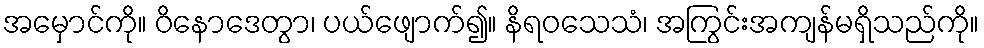
အမှောင်ကို။ ဝိနောဒေတွာ၊ ပယ်ဖျောက်၍။ နိရဝသေသံ၊ အကြွင်းအကျန်မရှိသည်ကို။